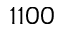
1 1 0 0